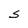
Character: S